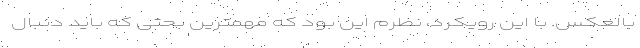
بالعکس. با این رویکرد، نظرم این بود که مهمترین بحثی که باید دنبال